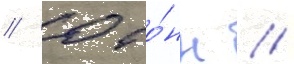
/ 0 то́нн //